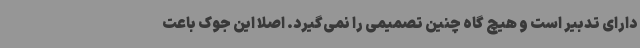
دارای تدبیر است و هیچ گاه چنین تصمیمی را نمی‌گیرد. اصلا این جوک باعت